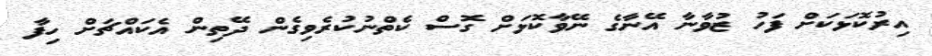
އިރުކޮޅަކަށް ފަހު ޒުވާނާ އޭނާގެ ނޭވާކޮޅަށް ގޮސް ކެތްނުކުރެވިގެން ދޭތިން އެކައްޗަށް ހިފާ